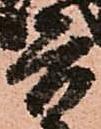
兵